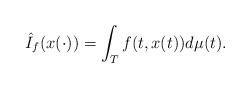
LaTeX: \begin{align*} \hat{I}_{f}(x(\cdot))=\int_{T}f(t,x(t))d\mu (t).\end{align*}